Kures,_Voldemar, lk 135
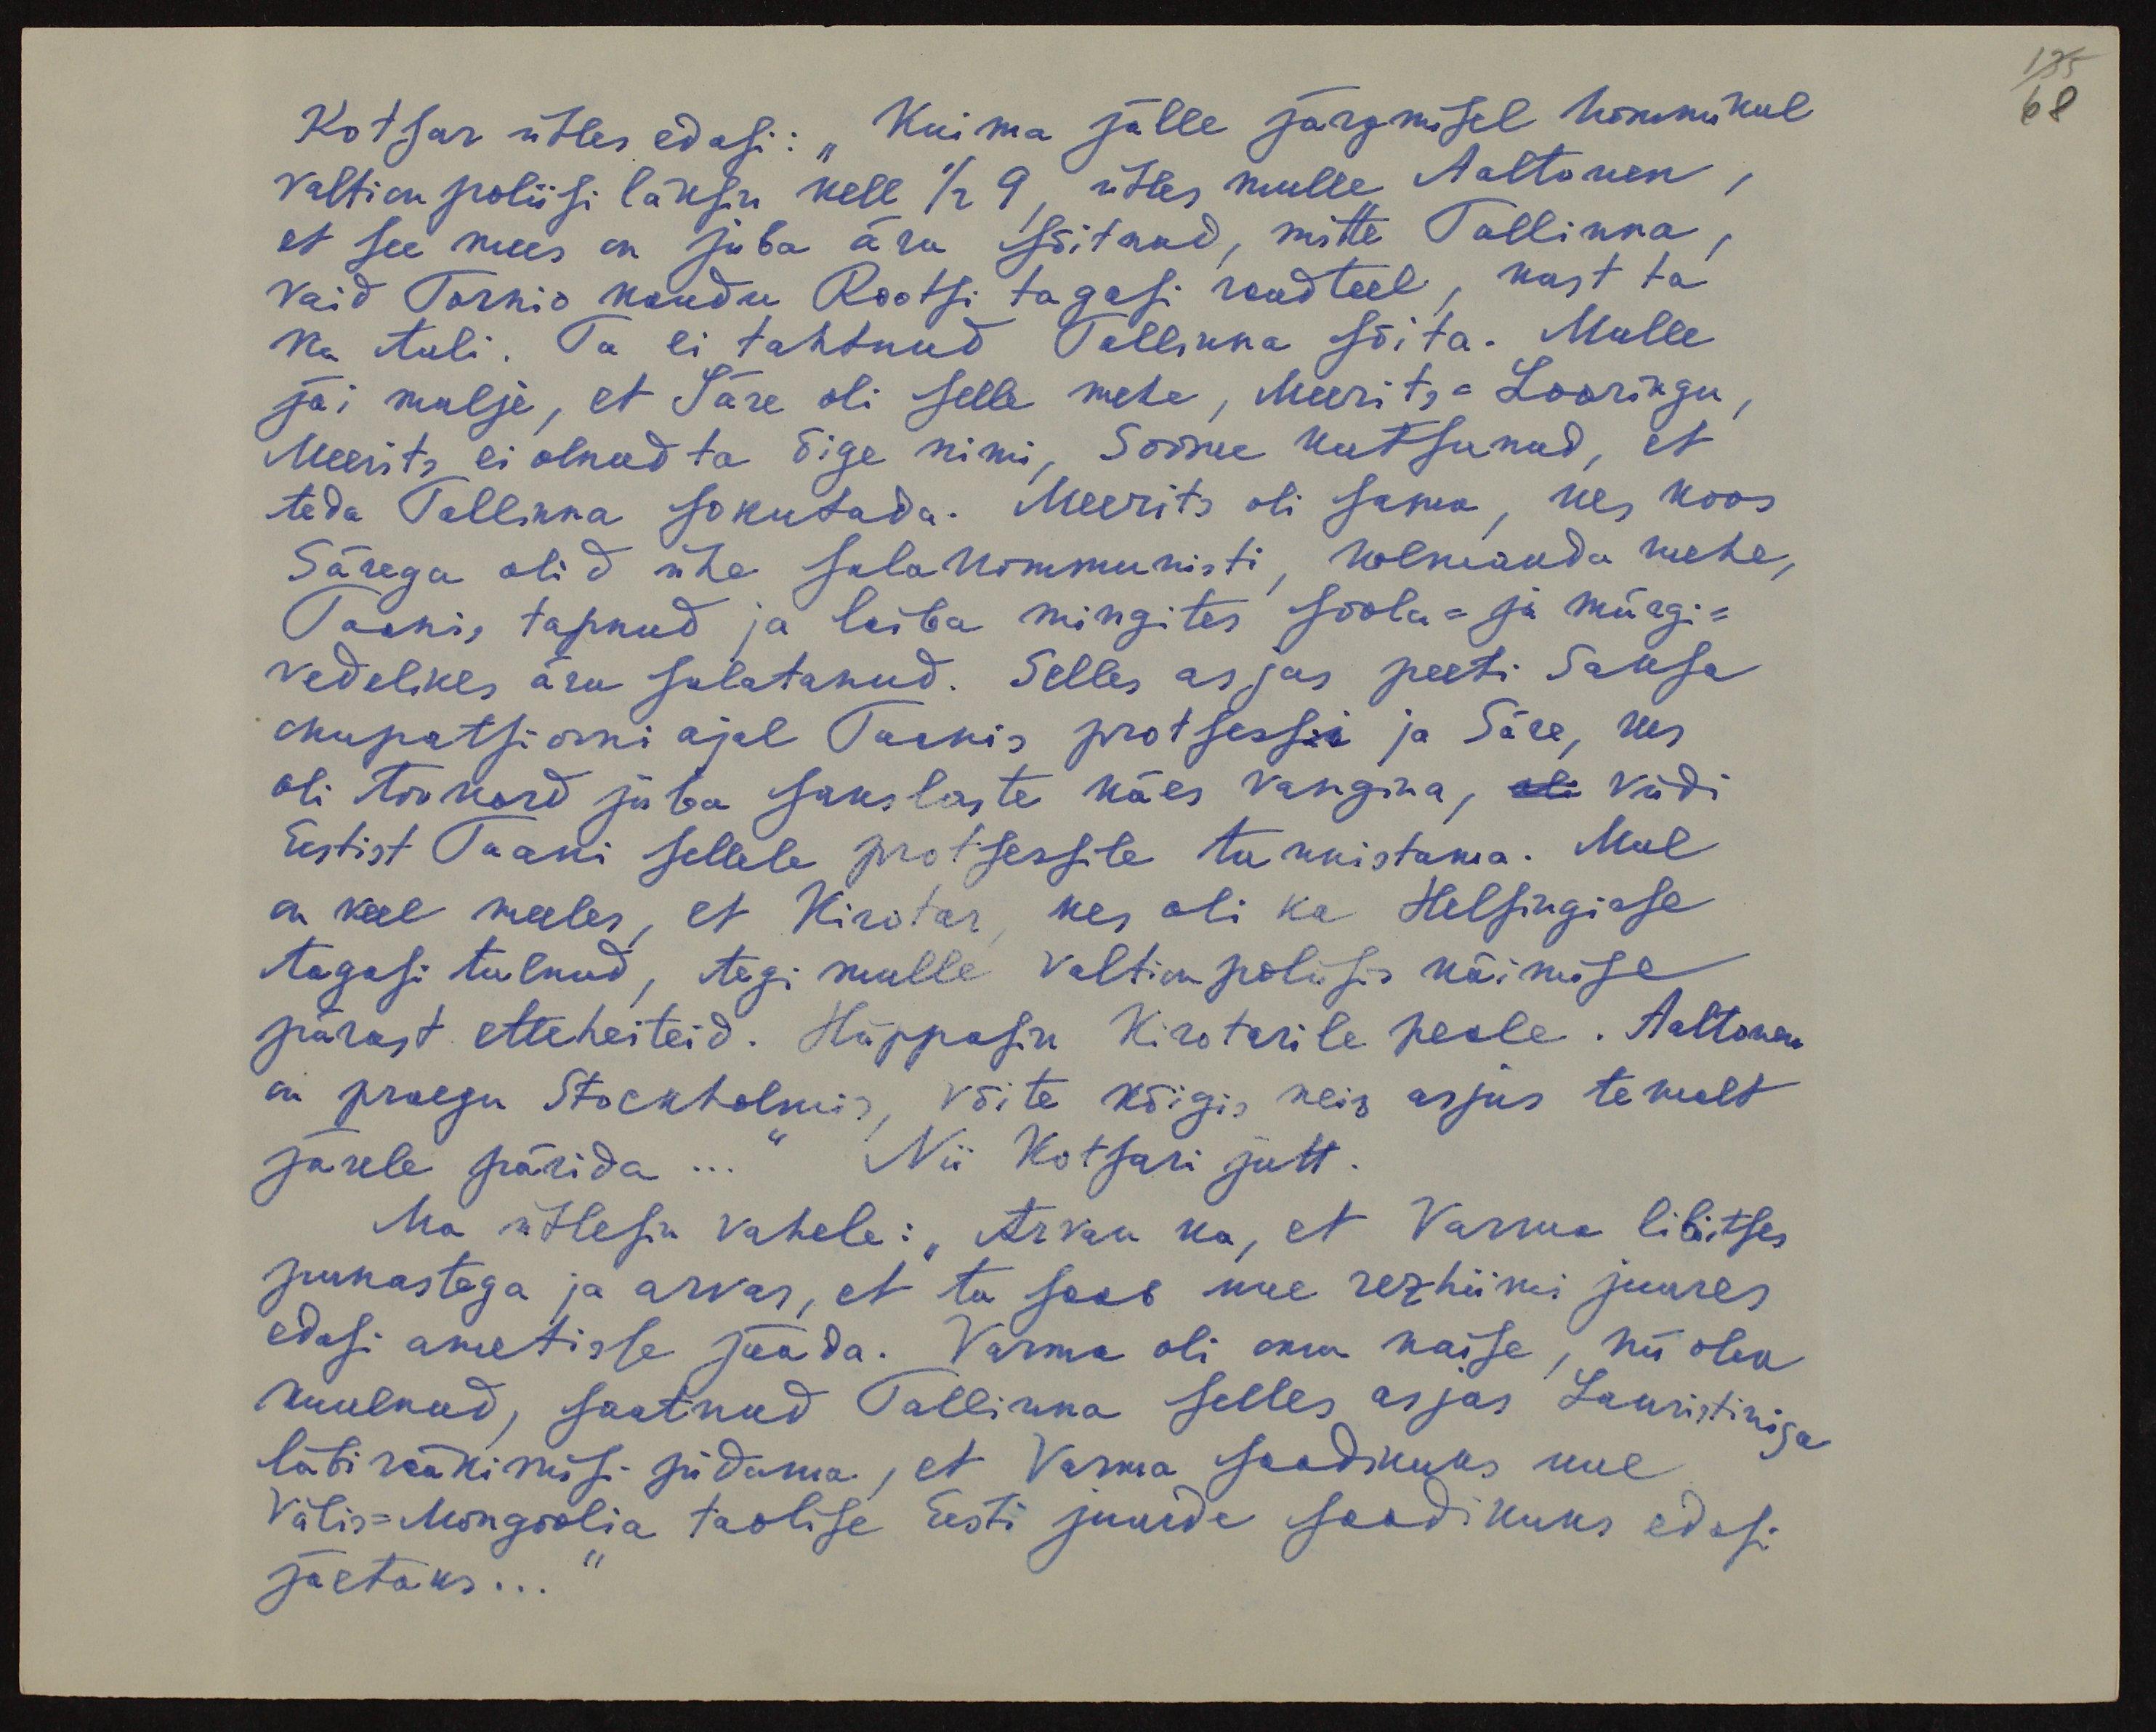
135
68

Kotsar ütles edasi: "Kui ma jälle järgmisel hommikul
Valtion poliisi läksin kell 1/2 9, ütles mulle Aaltonen,
et see mees on juba ära sõitnud, mitte Tallinna,
vaid Tornio kaudu Rootsi tagasi raudteel, kust ta
ka tuli. Ta ei tahtnud Tallinna sõita. Mulle
jäi mulje, et Säre oli selle mehe, Meerits-Looringu,
Meerits ei olnud ta õige nimi, Soome kutsunud, et
teda Tallinna sokutada. Meerits oli sama, kes koos
Särega olid ühe salakommunisti, kolmanda mehe,
Taanis tapnud ja leiba mingites soola- ja mürgi-
vedelikes ära sulatanud. Selles asjas peeti Saksa
okupatsiooni ajal Taanis protsessi ja Säre, kes
oli tookord juba sakslaste käes vangina, oli viidi
Eestist Taani sellele protsessile tunnistama. Mul
on veel meeles, et Kirotar, kes oli ka Helsingisse
tagasi tulnud, tegi mulle Valtion poliisis käimise
pärast etteheiteid. Hüppasin Kirotarile peale. Aaltonen
on praegu Stockholmis, võite kõigis neis asjus temalt
järele pärida..." Nii Kotsari jutt.
Ma ütlesin vahele: "Arvan ka, et Varma libitses
punastega ja arvas, et ta saab oma rezhiimi juures
edasi ametisse jääda. Varma oli oma naise, nii olen
kuulnud, saatnud Tallinna selles asjas Lauristiniga
läbirääkimisi pidama, et Varma saadikuks uue
Välis-Mongoolia taolise Eesti juurde saadikuks edasi
jäetaks...